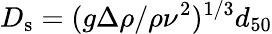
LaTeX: D_{\mathrm{s}}=(g\Delta\rho/\rho\nu^{2})^{1/3}d_{50}